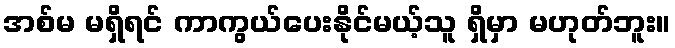
အစ်မ မရှိရင် ကာကွယ်ပေးနိုင်မယ့်သူ ရှိမှာ မဟုတ်ဘူး။